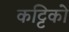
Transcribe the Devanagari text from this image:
कट्टिको